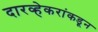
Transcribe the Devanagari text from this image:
दारव्हेकरांकडून